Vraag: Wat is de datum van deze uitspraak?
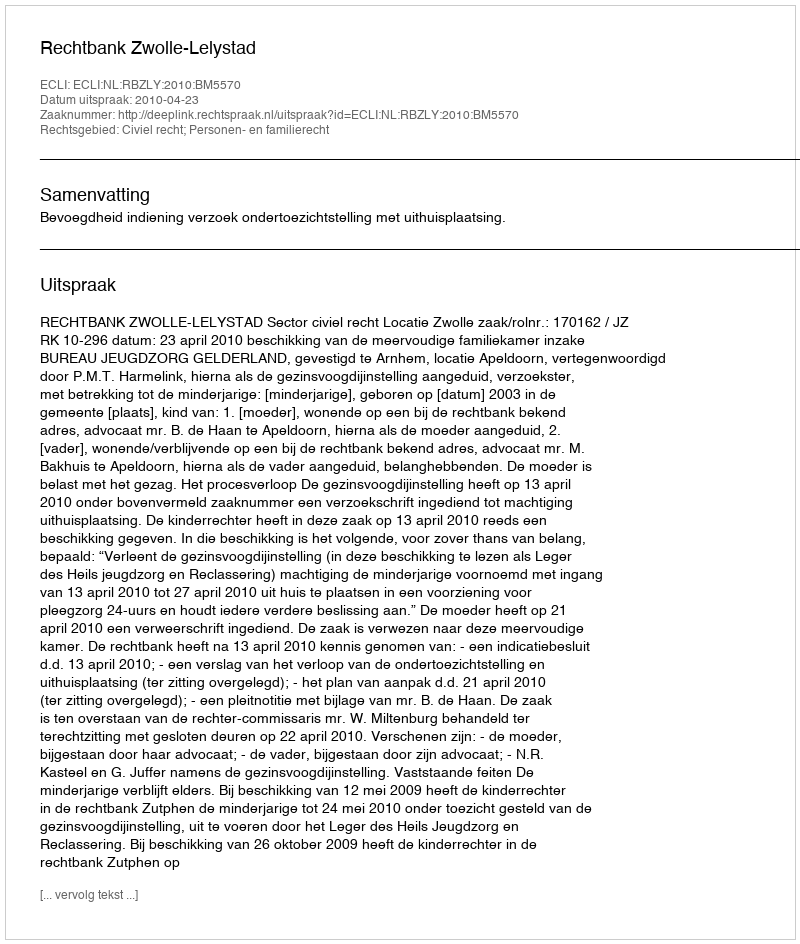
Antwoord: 2010-04-23